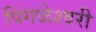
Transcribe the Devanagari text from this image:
पिंगळेश्वरी